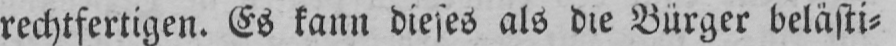
rechtfertigen. Es kann dieses als die Bürger belästi⸗